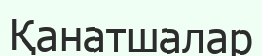
Қанатшалар